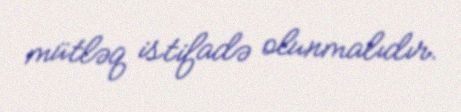
mütləq istifadə olunmalıdır.